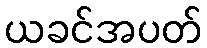
ယခင်အပတ်